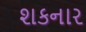
શકનાર